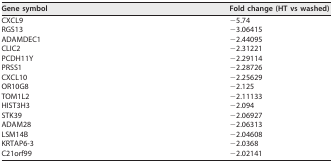
<table><thead><tr><td><b>Gene symbol</b></td><td><b>Fold change (HT vs washed)</b></td></tr></thead><tbody><tr><td>CXCL9</td><td>−5.74</td></tr><tr><td>RGS13</td><td>−3.06415</td></tr><tr><td>ADAMDEC1</td><td>−2.44095</td></tr><tr><td>CLIC2</td><td>−2.31221</td></tr><tr><td>PCDH11Y</td><td>−2.29114</td></tr><tr><td>PRSS1</td><td>−2.28726</td></tr><tr><td>CXCL10</td><td>−2.25629</td></tr><tr><td>OR10G8</td><td>−2.125</td></tr><tr><td>TOM1L2</td><td>−2.11133</td></tr><tr><td>HIST3H3</td><td>−2.094</td></tr><tr><td>STK39</td><td>−2.06927</td></tr><tr><td>ADAM28</td><td>−2.06313</td></tr><tr><td>LSM14B</td><td>−2.04608</td></tr><tr><td>KRTAP6-3</td><td>−2.0368</td></tr><tr><td>C21orf99</td><td>−2.02141</td></tr></tbody></table>